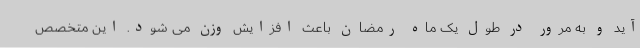
آید و به مرور در طول یک ماه رمضان باعث افزایش وزن می شود. این متخصص